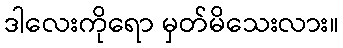
ဒါလေးကိုရော မှတ်မိသေးလား။